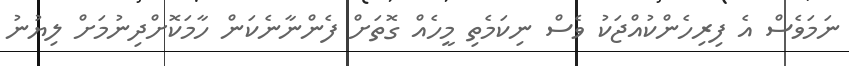
ނަމަވެސް އެ ފިރިހެންކުއްޖަކު ވެސް ނިކަމެތި މީހެއް ގޮތަށް ފެންނާނެކަން ހާމަކޮށްދިނުމަށް ލިޔުނު